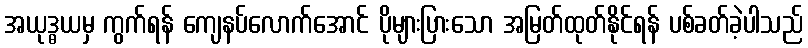
အယုဒ္ဓယမှ ကွက်ရန် ကျေနပ်လောက်အောင် ပိုများပြားသော အမြတ်ထုတ်နိုင်ရန် ပစ်ခတ်ခဲ့ပါသည်